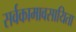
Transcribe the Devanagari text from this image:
सर्वकामावसायिता